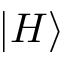
| H \rangle